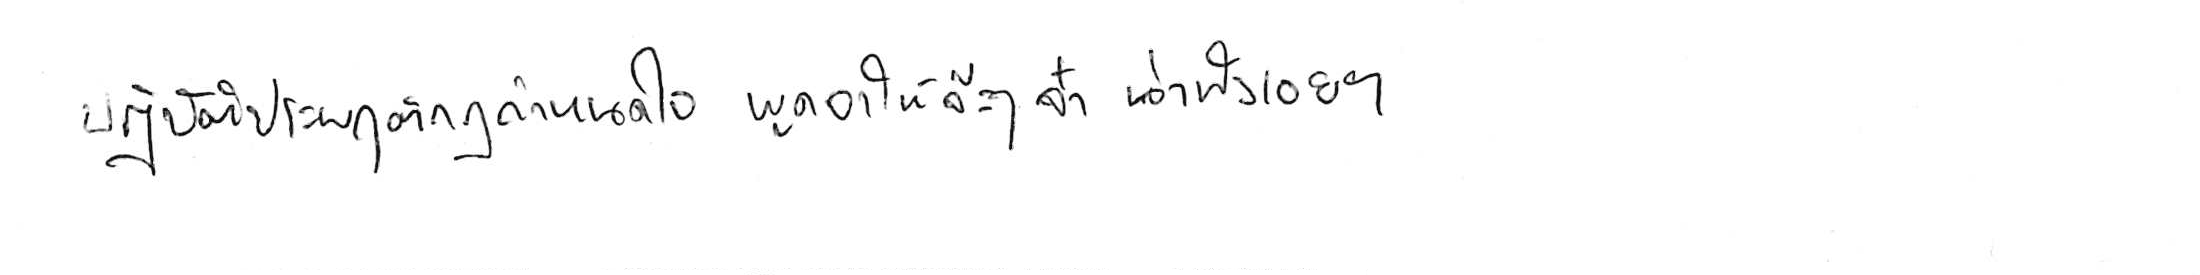
ปฏิบัติประพฤติกฎกำหนดใจ พูดจาให้จ๊ะๆ จ๋า น่าฟังเอยฯ